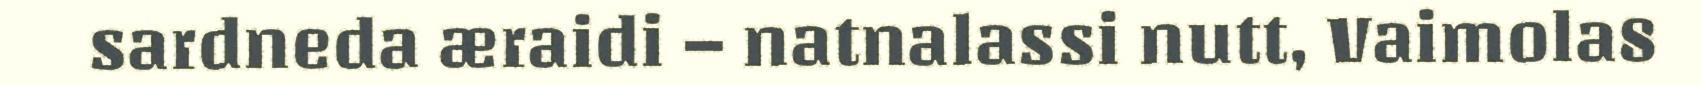
sardneda æraidi – natnalassi nutt, Vaimola8